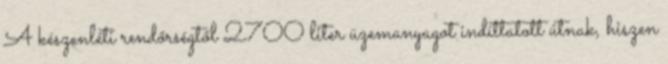
A készenléti rendőrségtől 2700 liter üzemanyagot indíttatott útnak, hiszen